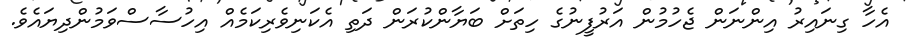
އެހާ ގިނައިރު އިންނަން ޖެހުމުން އަރުފީނުގެ ހިތަށް ބަޔާންކުރަން ދަތި އެކަނިވެރިކަމެއް އިހުސާސްވަމުންދިޔައެވެ.